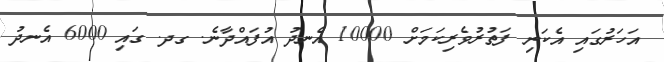
އަހަރުގައި އެކަނި ފަތުރުވެރިކަމަށް 10000 އެނދު އުފައްދާނެ. ގދ. ގައި 6000 އެނދު